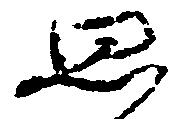
思